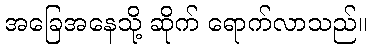
အခြေအနေသို့ ဆိုက် ရောက်လာသည်။